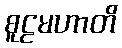
စူဠမဟာတိ